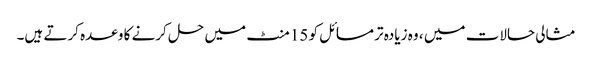
مثالی حالات میں ، وہ زیادہ تر مسائل کو 15 منٹ میں حل کرنے کا وعدہ کرتے ہیں۔